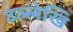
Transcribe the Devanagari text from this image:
उल्लेखि